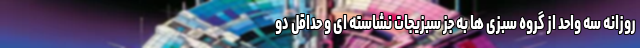
روزانه سه واحد از گروه سبزی ها به جز سبزیجات نشاسته ای و حداقل دو